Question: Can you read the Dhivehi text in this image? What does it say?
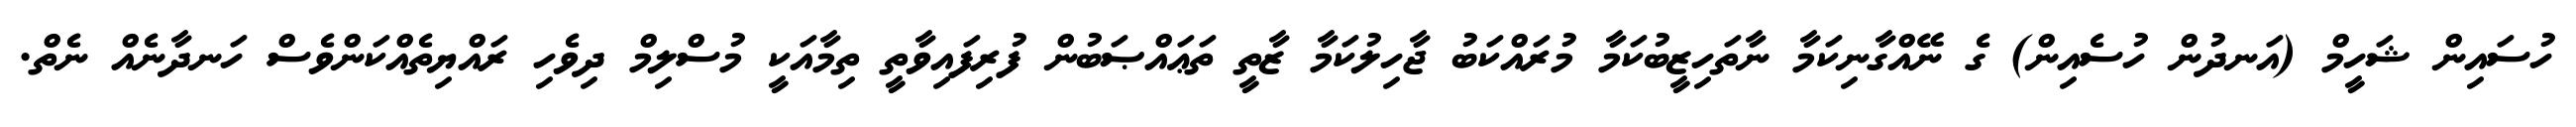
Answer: ހުސައިން ޝަހީމް (އަނދުން ހުސެއިން) ގެ ނޭއްގާނިކަމާ ނާތަހިޒީބުކަމާ މުރައްކަބު ޖާހިލުކަމާ ޒާތީ ތަޢައްޞަބުން ފުރިފައިވާތީ ތިމާއަކީ މުސްލިމް ދިވެހި ރައްޔިތެއްކަންވެސް ހަނދާނެއް ނެތް.